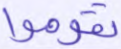
تقوموا